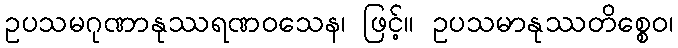
ဥပသမဂုဏာနုဿရဏဝသေန၊ ဖြင့်။ ဥပသမာနုဿတိစ္စေဝ၊